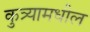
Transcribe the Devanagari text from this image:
कुत्र्यामधील